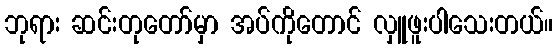
ဘုရား ဆင်းတုတော်မှာ အပ်ကိုတောင် လှူဖူးပါသေးတယ်။